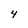
Character: 4